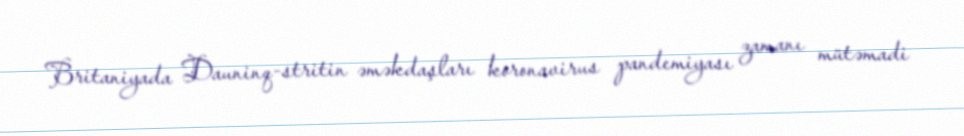
Britaniyada Dauninq-stritin əməkdaşları koronavirus pandemiyası zamanı mütəmadi